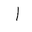
Letter: _alif